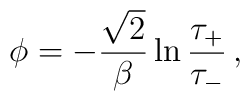
\phi=-\frac{\sqrt{2}}{\beta}\ln\frac{\tau_+}{\tau_-}\, ,